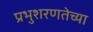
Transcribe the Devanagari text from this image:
प्रभुशरणतेच्या